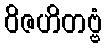
ဝိဇဟိတဗ္ဗံ